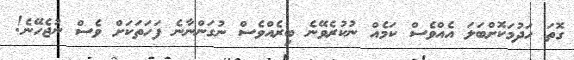
ގޮތަ ހަދުމަކޮށްބަލަ އެއްވެސް ކަމެއް ނުކުރެވޭނެ ބިރެއްވެސް ނުގަންނާނެ ފަހަތަކަށް ވެސް ނުޖެހޭނެ!